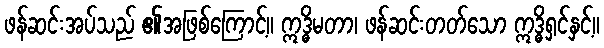
ဖန်ဆင်းအပ်သည် ၏အဖြစ်ကြောင့်။ ဣဒ္ဓိမတာ၊ ဖန်ဆင်းတတ်သော ဣဒ္ဓိရှင်နှင့်။